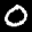
Label: 0